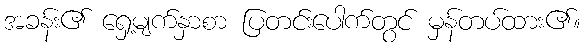
အခန်း၏ ရှေ့မျက်နှာစာ ပြတင်းပေါက်တွင် မှန်တပ်ထား၏။